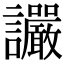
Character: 讝